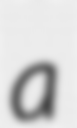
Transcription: a